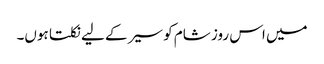
میں اس روز شام کو سیر کے لیے نکلتا ہوں۔